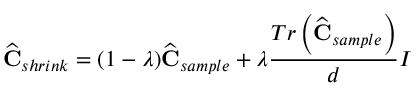
\widehat { \mathbf { C } } _ { s h r i n k } = ( 1 - \lambda ) \widehat { \mathbf { C } } _ { s a m p l e } + \lambda \frac { T r \left( \widehat { \mathbf { C } } _ { s a m p l e } \right) } { d } I